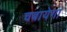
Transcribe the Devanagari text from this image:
चबायेगा